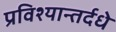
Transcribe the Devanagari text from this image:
प्रविश्यान्तर्दधे